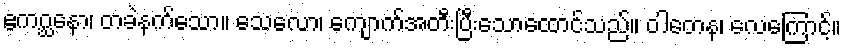
ဧကဂ္ဃနော၊ တခဲနက်သော။ သေလော၊ ကျောက်အတီးပြီးသောထောင်သည်။ ဝါတေန၊ လေကြောင့်။